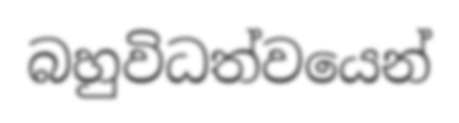
බහුවිධත්වයෙන්